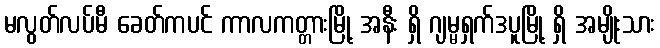
မလွတ်လပ်မီ ခေတ်ကပင် ကာလကတ္တားမြို့ အနီး ရှိ ဂျမ္မရှက်ဒပူမြို့ ရှိ အမျိုးသား